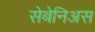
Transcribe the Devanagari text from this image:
सेबेनिअस